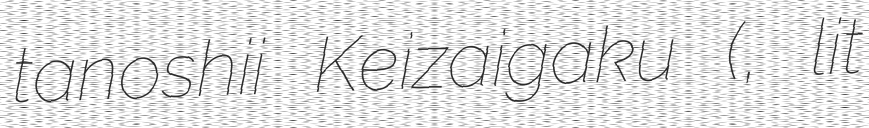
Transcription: tanoshii Keizaigaku (出社が楽しい経済学, lit